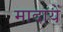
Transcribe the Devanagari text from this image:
मादायें